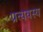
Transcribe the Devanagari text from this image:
प्रत्ययस्य